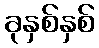
ခုနှစ်နှစ်